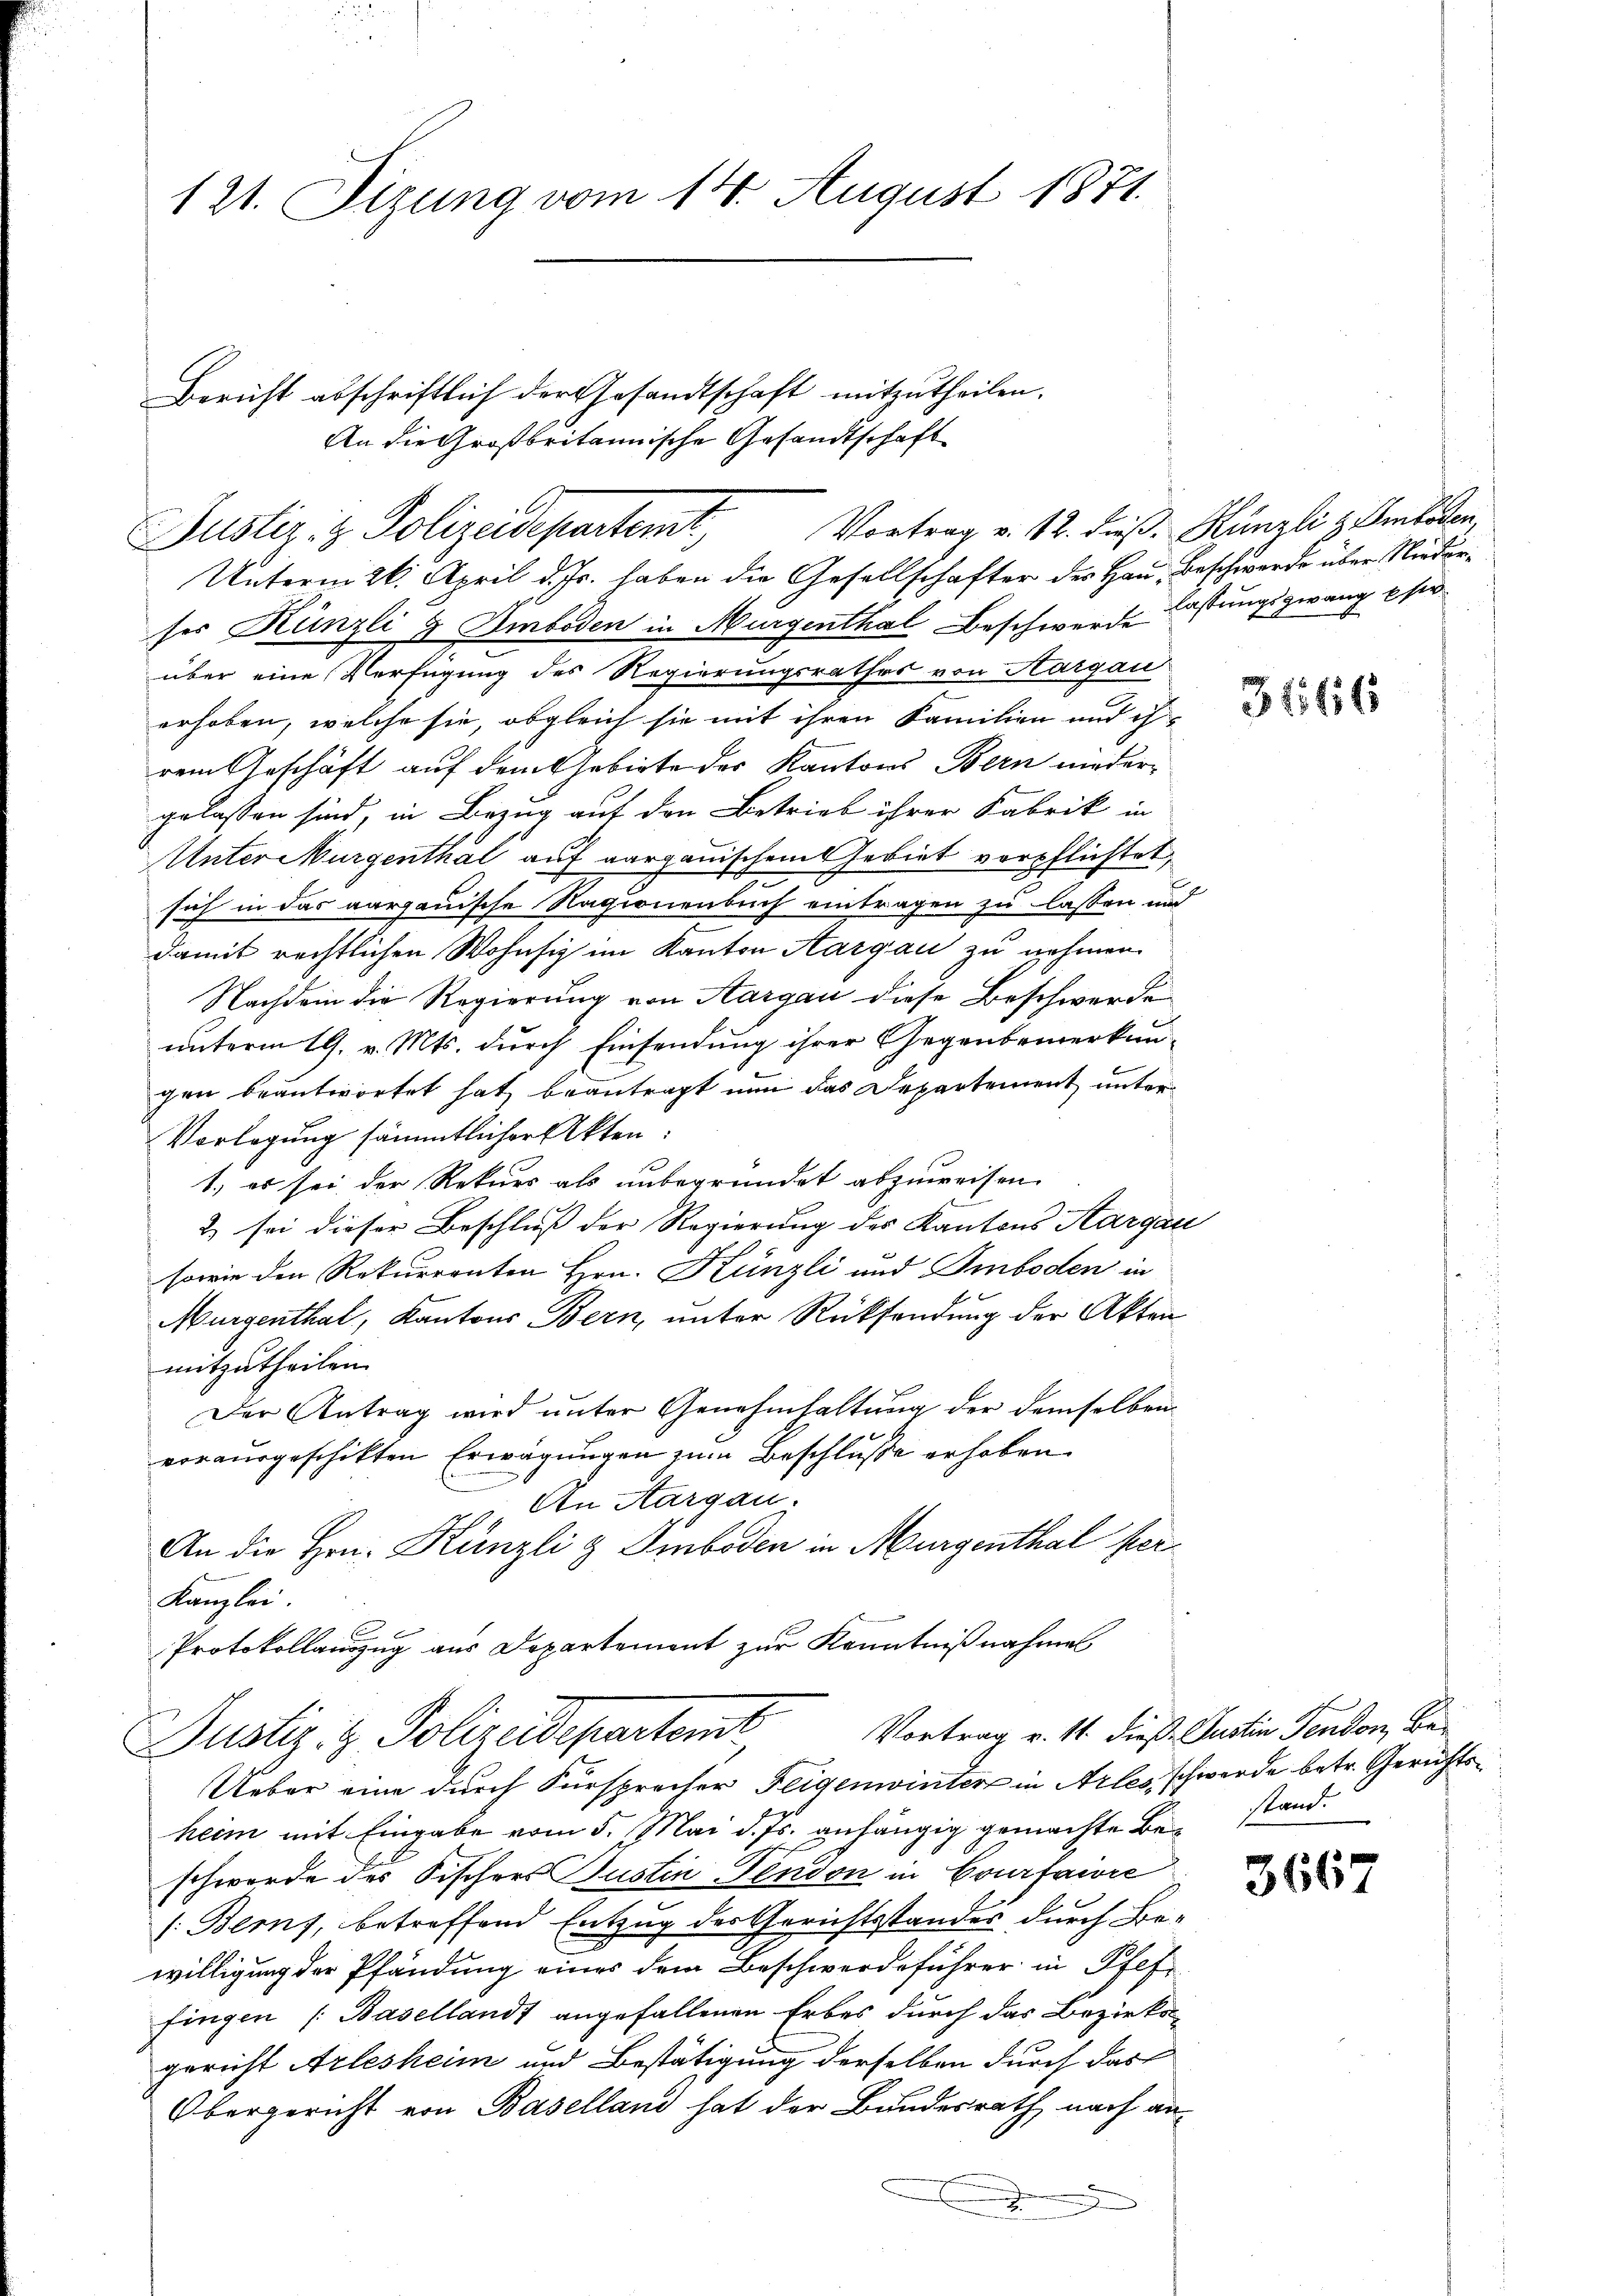
121. Sizung vom 14. August 1871.

Unterm 26. April d. Js. haben die Gesellschafter des Haus, Beschwerde über Niederses Künzli & Emboden in Murgenthal Beschwerde lastungszwang her
über eine Verfügung des Regierungsrathes von Aargau
erhoben, welche sie, obgleich sie mit ihren Familien und ih
rem Geschäft auf dem Gebiete des Kantons Bern nieder-
gelassen sind, in Bezug auf den Betrieb ihrer Fabrik in
Unterwürgenthal auf aargauischem Gebiet verpflichtet,
h
sich in das aargauische Ragionenbuch eintragen zu lassen und
damit rechtlichen Wohnsiz im Kanton Aargau zu nehmen.
Nachdem die Regierung von Aargau diese Beschwerde
unterm 19. v. Mts. durch Einsendung ihrer Gegenbemerkun-
gen beantwortet hat beantragt nun das Departement unter
Vorlegung sämmtlicher Akten:
e
1., es sei der Rekurs als unbegründet abzuweisen.
2) sei dieser Beschluß der Regierung des Kantons Aargau
sowie den Rekurrenten Hrn. Künzli und Emboden in
Murgenthal, Kantons Bern, unter Rücksendung der Akten
mitzutheilen.
Der Antrag wird unter Genehmhaltung der demselben
vorausgeschikten Erwägungen zum Beschluße erhoben
An Aargau.
An die Hrn. Künzli & Smboden in Murgenthal her¬
Kanzlei
Protokollauszug aus Departement zur Kenntnißnahmen
Justiz- & Polizeidepartemt Vortrag v. 11. dieß Justin Fondon, Be¬
Ueber eine durch Fürsprecher Feigenwinter in Arles, schwerde betr. Gerichtsheim mit Eingabe vom 5. Mai d. Js. anhängig gemachte Beschwerde des Fischers Justin-Fendon in Courfaire
/: Beruf, betreffend Entzug der Gerichtsstandes durch Bewilligung der Pfändung eines dem Beschwerdeführer in Pfef
fingen (Basellandt angefallenen Erbes durch das Bezirks-
gericht Arlesheim und Bestätigung derselben durch das
Obergericht von Baselland hat der Bundesrath nach an

Bericht abschriftlich der Gesandtschaft mitzutheilen.
An die Großbritannische Gesandtschaft

Justiz- & Polizeidepartemt, Vortrag v. 12. dieß Künzli z. Sentien

3166

stand.

3667